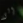
إلى